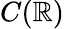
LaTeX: C(\mathbb{R})